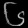
Digit: ၆